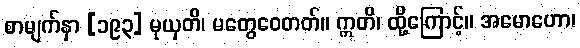
စာမျက်နှာ [၁၉၃] မုယှတိ၊ မတွေဝေတတ်။ ဣတိ၊ ထို့ကြောင့်။ အမောဟော၊